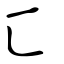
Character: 匚